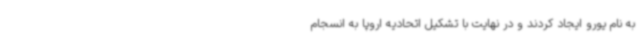
به نام یورو ایجاد کردند و در نهایت با تشکیل اتحادیه اروپا به انسجام